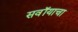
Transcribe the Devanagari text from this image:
सवॉयाचा